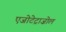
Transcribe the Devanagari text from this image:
एजोटेट्राज़ोल